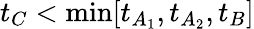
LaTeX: t_{C}<\mathrm{min}[t_{A_{1}},t_{A_{2}},t_{B}]